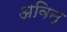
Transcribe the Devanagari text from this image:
अविन्